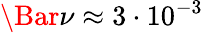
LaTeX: \Bar{\nu}\approx 3\cdot 10^{-3}